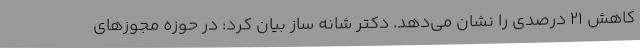
کاهش ۲۱ درصدی را نشان می‌دهد. دکتر شانه ساز بیان کرد: در حوزه مجوزهای